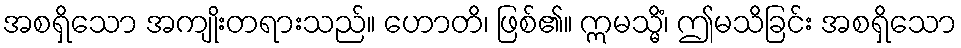
အစရှိသော အကျိုးတရားသည်။ ဟောတိ၊ ဖြစ်၏။ ဣမသ္မိံ၊ ဤမသိခြင်း အစရှိသော